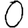
Digit: 0